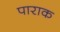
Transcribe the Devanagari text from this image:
पाराक